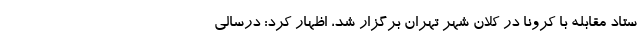
ستاد مقابله با کرونا در کلان شهر تهران برگزار شد، اظهار کرد: درسالی